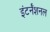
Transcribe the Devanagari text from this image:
इंटर्नॅशनल